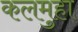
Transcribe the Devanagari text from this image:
कलमुहा